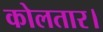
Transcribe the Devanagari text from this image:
कोलतार।